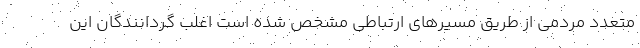
متعدد مردمی از طریق مسیرهای ارتباطی مشخص شده است اغلب گردانندگان این